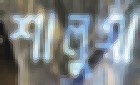
শালুয়া